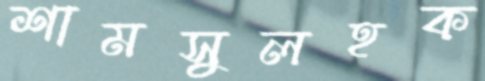
শামসুলহক